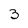
Character: 3